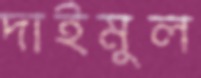
দাইমুল